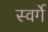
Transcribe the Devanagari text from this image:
स्वर्गे